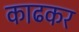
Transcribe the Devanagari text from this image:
काढकर